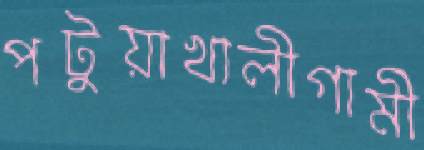
পটুয়াখালীগামী